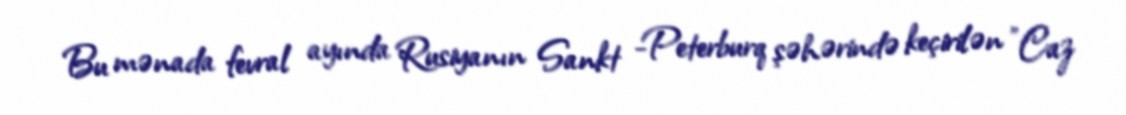
Bu mənada fevral ayında Rusiyanın Sankt -Peterburq şəhərində keçirilən "Caz